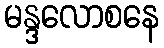
မန္ဒလောစနေ